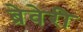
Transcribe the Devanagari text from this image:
ब्रेवेरी